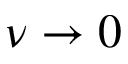
\nu \rightarrow 0